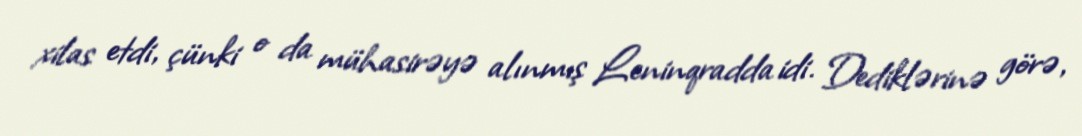
xilas etdi, çünki o da mühasirəyə alınmış Leninqradda idi. Dediklərinə görə,